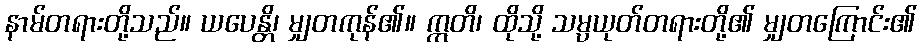
နာမ်တရားတို့သည်။ ယပေန္တိ၊ မျှတကုန်၏။ ဣတိ၊ ထိုသို့ သမ္ပယုတ်တရားတို့၏ မျှတကြောင်း၏